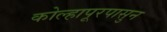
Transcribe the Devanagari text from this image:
कोल्हापूरपासुन